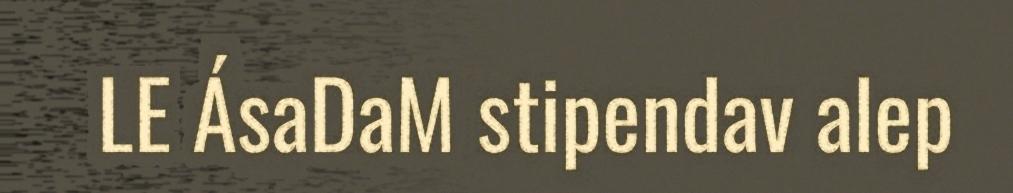
LE ÁsaDaM stipendav alep